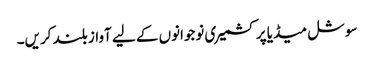
سوشل میڈیا پر کشمیری نوجوانوں کے لیے آواز بلند کریں۔